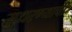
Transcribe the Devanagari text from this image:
सुधरण्याची